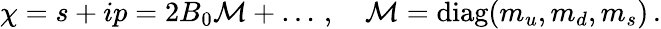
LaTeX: \chi=s+ip=2B_{0}{\cal M}+\ldots\, ,\quad{\cal M}=\mathrm{diag}(m_{u},m_{d},m_{s})\, .